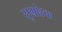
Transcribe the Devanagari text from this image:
सुग्रांहक